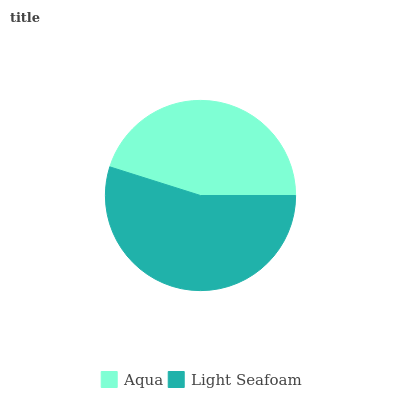
| Aqua | Light Seafoam |
 | --- | --- |
 | 45.2% | 54.8% |